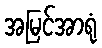
အမြင်အာရုံ